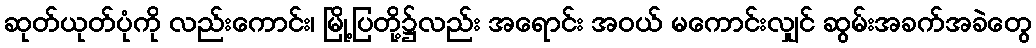
ဆုတ်ယုတ်ပုံကို လည်းကောင်း၊ မြို့ပြတို့၌လည်း အရောင်း အဝယ် မကောင်းလျှင် ဆွမ်းအခက်အခဲတွေ